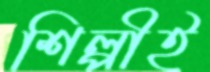
শিল্পীই